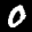
Label: 0